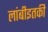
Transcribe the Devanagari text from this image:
लांबीइतकी